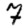
Digit: 7